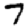
Digit: 7